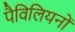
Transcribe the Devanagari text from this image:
पैविलियनों